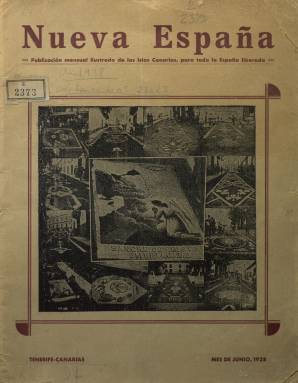
Título: Nueva España (Tenerife)
Colección: Guerra civil || Revistas de información general
Ámbito geográfico: Santa Cruz de Tenerife
Lugar de publicación: Tenerife
Fechas: 01/06/1938-30/09/1938